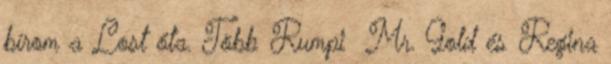
bírom a Lost óta. Több Rumpi Mr. Gold és Regina